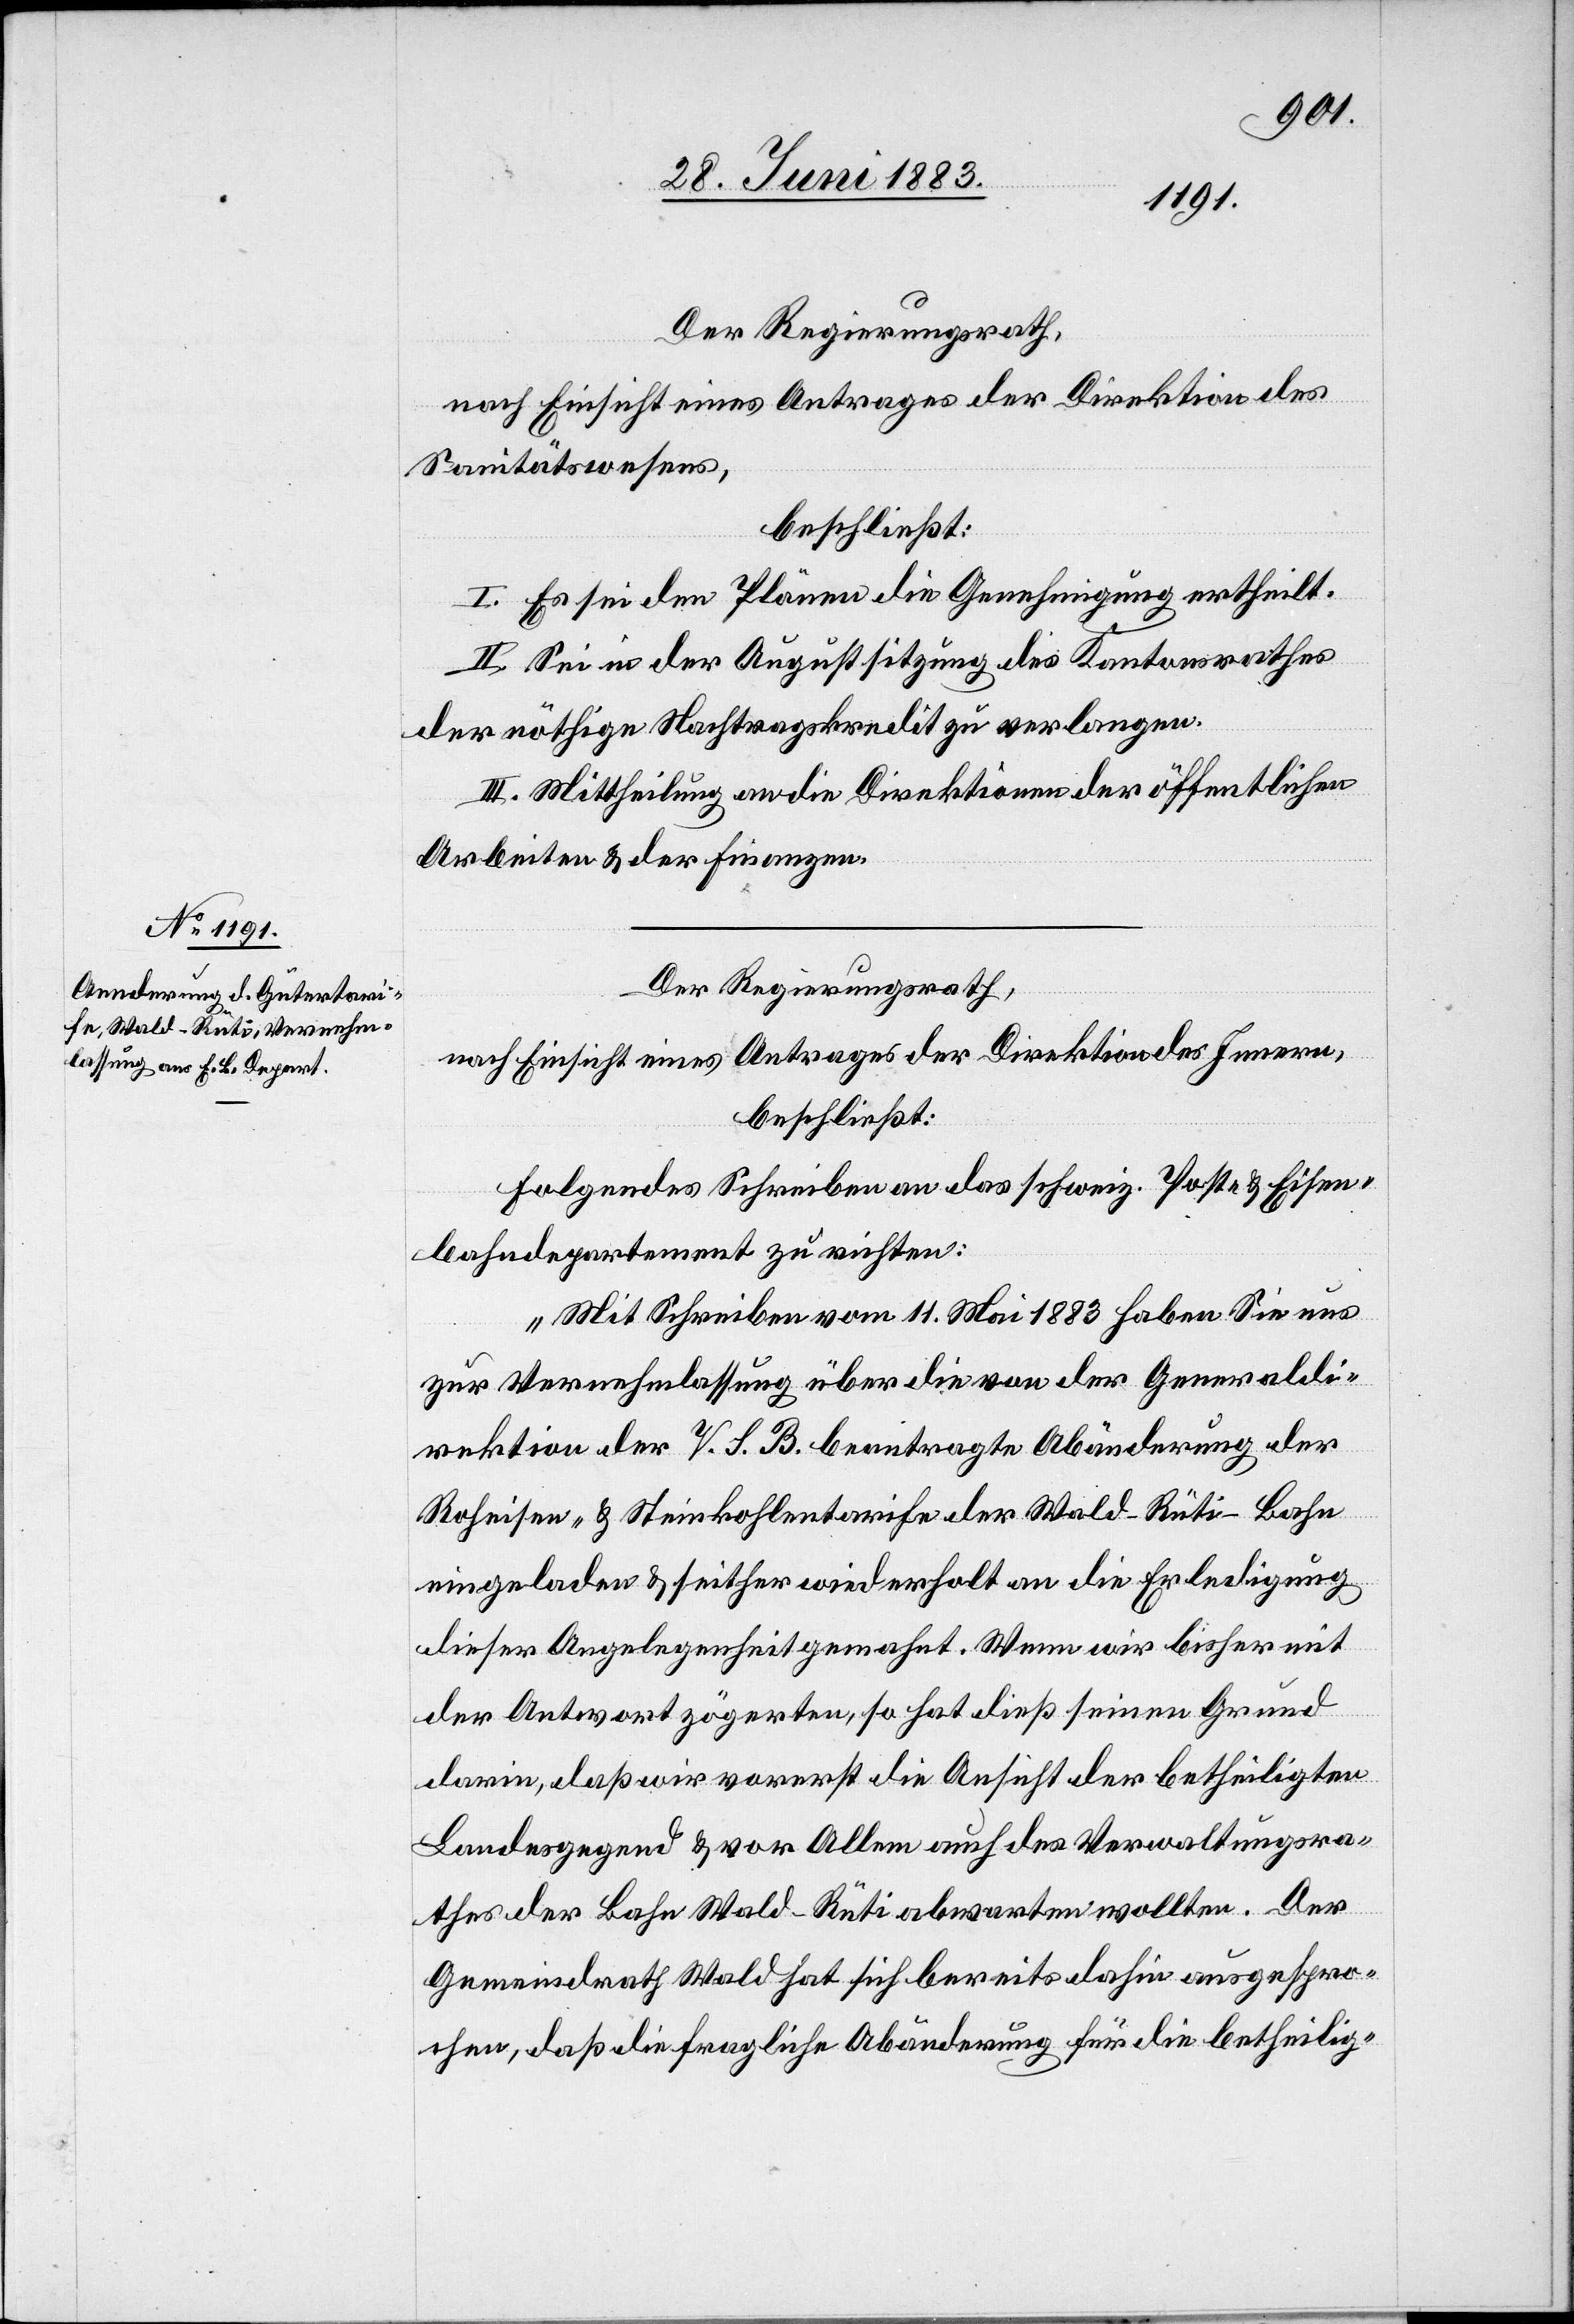
Der Regierungsrath,
nach Einsicht eines Antrages der Direktion des
Sanitätswesens,
beschließt:
I. Es sei den Plänen die Genehmigung ertheilt.
II. Sei in der Augustsitzung des Kantonsrathes
der nöthige Nachtragskredit zu verlangen.
III. Mittheilung an die Direktionen der öffentlichen
Arbeiten & der Finanzen.
Der Regierungsrath,
nach Einsicht eines Antrages der Direktion des Innern,
beschließt:
Folgendes Schreiben an das schweiz. Post- & Eisen¬
bahndepartement zu richten:
„Mit Schreiben vom 11. Mai 1883 haben Sie uns
zur Vernehmlassung über die von der Generaldi¬
rektion der V. S. B. beantragte Abänderung der
Roheisen- & Steinkohlentarife der Wald–Rüti-Bahn
eingeladen & seither wiederholt an die Erledigung
dieser Angelegenheit gemahnt. Wenn wir bisher mit
der Antwort zögerten, so hat dieß seinen Grund
darin, daß wir vorerst die Ansicht der betheiligten
Landesgegend & vor Allem auch des Verwaltungsra¬
thes der Bahn Wald–Rüti abwarten wollten. Der
Gemeindrath Wald hat sich bereits dahin ausgespro¬
chen, daß die fragliche Abänderung für die betheilig-